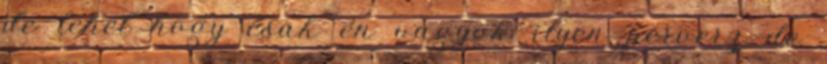
de lehet hogy csak én vagyok ilyen perverz de